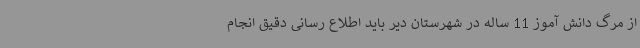
از مرگ دانش آموز 11 ساله در شهرستان دیر باید اطلاع رسانی دقیق انجام